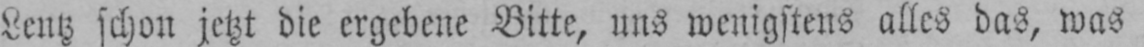
Lentz schon jetzt die ergebene Bitte, uns wenigstens alles das, was